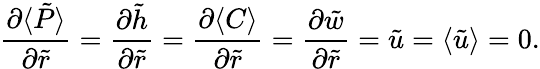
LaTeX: \frac{\partial\langle\tilde{P}\rangle}{\partial\tilde{r}}=\frac{\partial\tilde{h}}{\partial\tilde{r}}=\frac{\partial\langle C\rangle}{\partial\tilde{r}}=\frac{\partial\tilde{w}}{\partial\tilde{r}}=\tilde{u}=\langle\tilde{u}\rangle=0.